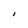
Character: I